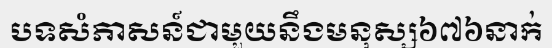
បទសំភាសន៍ជាមួយនឹងមនុស្ស៦៧៦នាក់